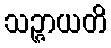
သဉ္ဇာယတိ